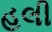
હલી